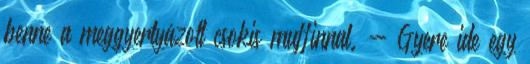
benne a meggyertyázott csokis muffinnal. - Gyere ide egy